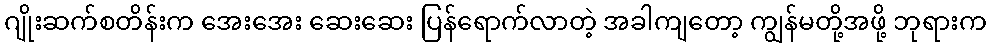
ဂျိုးဆက်စတိန်းက အေးအေး ဆေးဆေး ပြန်ရောက်လာတဲ့ အခါကျတော့ ကျွန်မတို့အဖို့ ဘုရားက